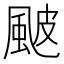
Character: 𩖽